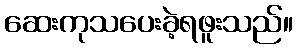
ဆေးကုသပေးခဲ့ရဖူးသည်။